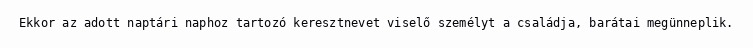
Ekkor az adott naptári naphoz tartozó keresztnevet viselő személyt a családja, barátai megünneplik.